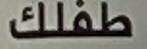
طفلك